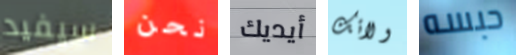
سيفيد نحن أيديك ولائك حبسه